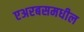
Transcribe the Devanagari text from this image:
एअरबसमधील